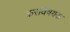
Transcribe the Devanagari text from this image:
करविषयक